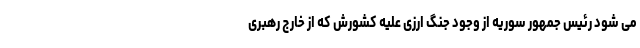
می­ شود رئیس­ جمهور سوریه از وجود جنگ ارزی علیه کشورش که از خارج رهبری